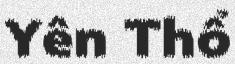
Yên Thổ